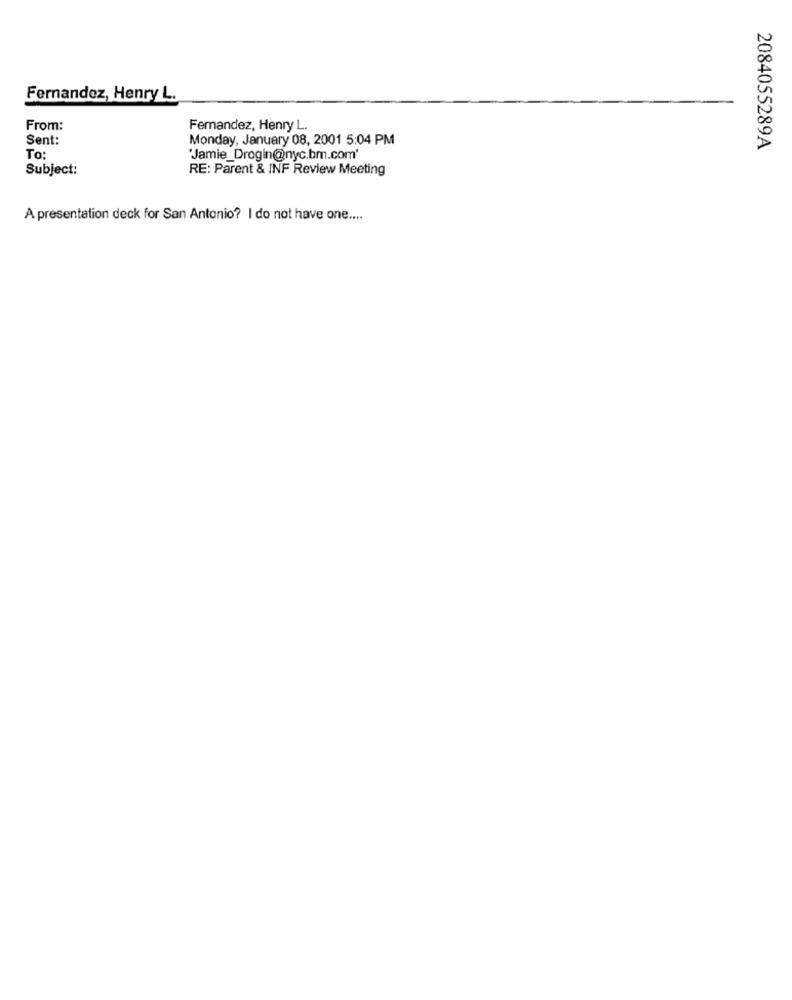
Fernandez, Henry L.
From:
Fernandez, Henry L.
Sent:
Monday, January 08, 2001 5:04 PM
2084055289A
To:
"Jamie_Drogin@nyc.bm.com'
Subject:
RE: Parent & INF Review Meeting
A presentation deck for San Antonio? I do not have one ....